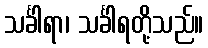
သင်္ခါရာ၊ သင်္ခါရတို့သည်။